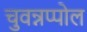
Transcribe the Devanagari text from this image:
चुवन्नप्पोल